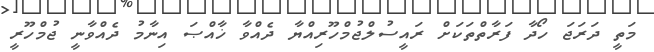
މަތީ ދަރަޖަ ހޯދާ ފަރާތްތަކަށް ރައީސުލްޖުމްހޫރިއްޔާ ދެއްވާ ޚާއްޞަ އިނާމު ދެއްވާނީ ޖުމްހޫރީ